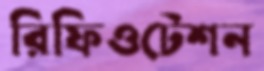
রিফিওটেশন